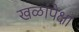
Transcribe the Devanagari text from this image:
खळांपेक्षा